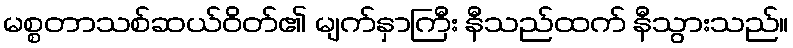
မစ္စတာသစ်ဆယ်ဝိတ်၏ မျက်နှာကြီး နီသည်ထက် နီသွားသည်။